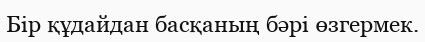
Бір құдайдан басқаның бәрі өзгермек.